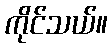
ကိုင်သယ်။